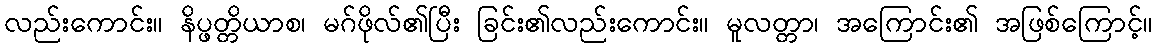
လည်းကောင်း။ နိပ္ဖတ္တိယာစ၊ မဂ်ဖိုလ်၏ပြီး ခြင်း၏လည်းကောင်း။ မူလတ္တာ၊ အကြောင်း၏ အဖြစ်ကြောင့်။